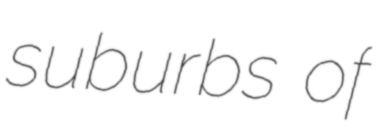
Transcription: suburbs of